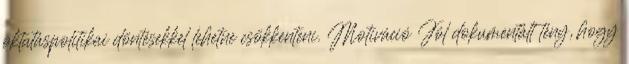
oktatáspolitikai döntésekkel lehetne csökkenteni. Motiváció Jól dokumentált tény, hogy